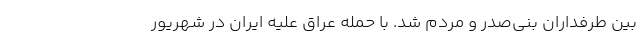
بین طرفداران بنی‌صدر و مردم شد. با حمله عراق علیه ایران در شهریور